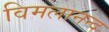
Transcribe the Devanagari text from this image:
विमलानन्द